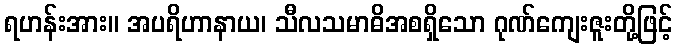
ရဟန်းအား။ အပရိဟာနာယ၊ သီလသမာဓိအစရှိသော ဂုဏ်ကျေးဇူးတို့ဖြင့်